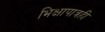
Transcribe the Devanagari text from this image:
भिक्षापात्रही